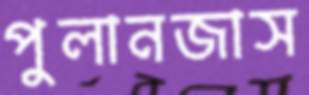
পুলানজাস